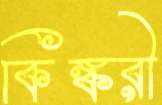
কিঙ্করী